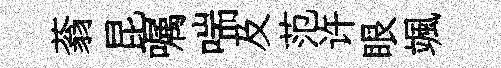
蓊昆嘱喘及范许眼颯